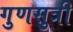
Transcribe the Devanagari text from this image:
गुणसुत्री